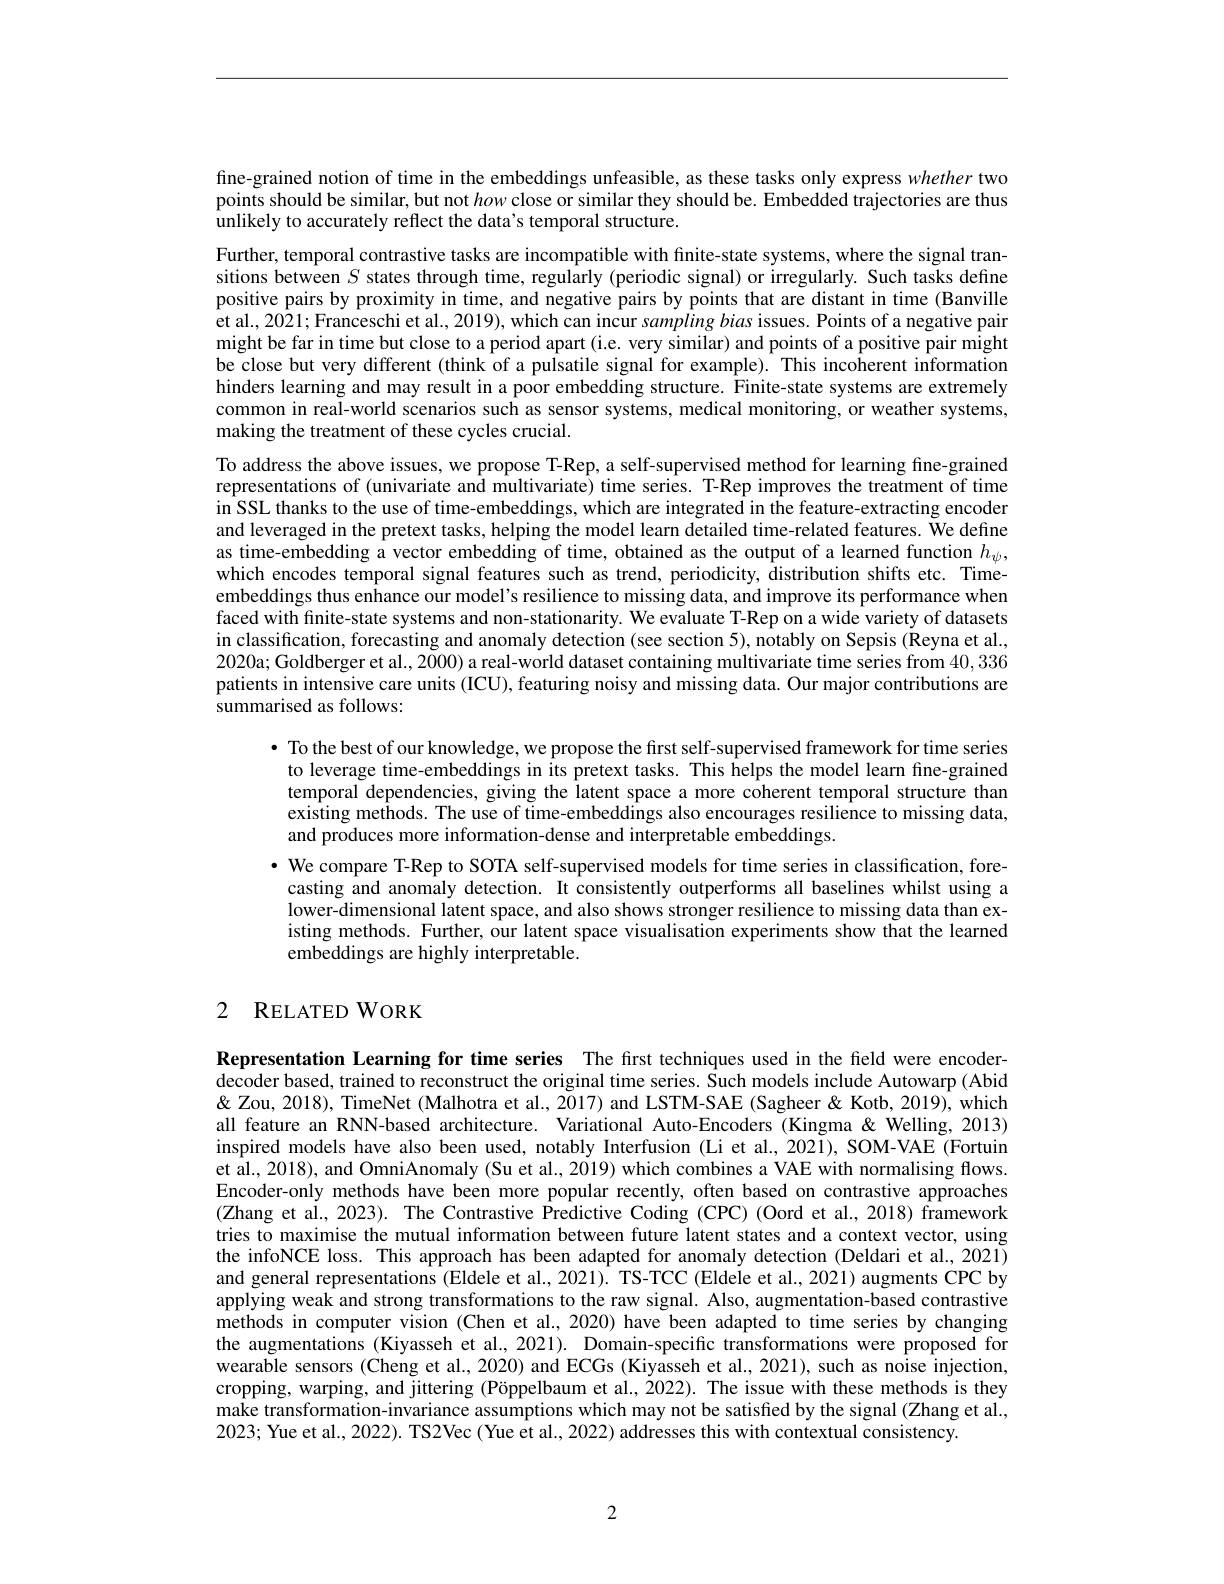
fine-grained notion of time in the embeddings unfeasible, as these tasks only express whether two points should be similar, but not how close or similar they should be. Embedded trajectories are thus inlikely to accurately reflect the dat$a^{\prime }$s temporal structure.

Further, temporal contrastive tasks are incompatible with finite-state systems, where the signal transitions between $S$ states through time, regularly (periodic signal) or irregularly. Such tasks define positive pairs by proximity in time, and negative pairs by points that are distant in time (Banville et al., 2021; Franceschi et al., 2019), which can incur sampling bias issues. Points of a negative pair might be far in time but close to a period apart (i.e. very similar) and points of a positive pair might be close but very different (think of a pulsatile signal for example). This incoherent information hinders learning and may result in a poor embedding structure. $\hat{\text{Finite-state systems are extremely}}$ common in real-world scenarios such as sensor systems, medical monitoring, or weather systems, making the treatment of these cycles crucial.
To address the above issues, we propose T-Rep, a self-supervised method for learning fine-grained representations of (univariate and multivariate) time series. T-Rep improves the treatment of time in SSL thanks to the use of time-embeddings, which are integrated in the feature-extracting encoder and leveraged in the pretext tasks, helping the model learn detailed time-related features. We define as time-embedding a vector embedding of time, obtained as the output of a learned function $h_\psi$, which encodes temporal signal features such as trend, periodicity, distribution shifts etc. Timeembeddings thus enhance our model's resilience to missing data, and improve its performance when faced with finite-state systems and non-stationarity. We evaluate T-Rep on a wide variety of datasets in classification, forecasting and anomaly detection (see section 5), notably on Sepsis (Reyna et al., 2020a; Goldberger et al., 2000) a real-world dataset containing multivariate time series from 40,336 patients in intensive care units (ICU), featuring noisy and missing data. Our major contributions are summarised as follows:

$\bullet$ To the best of our knowledge, we propose the first self-supervised framework for time series to leverage time-embeddings in its pretext tasks. This helps the model learn fine-grained temporal dependencies, giving the latent space a more coherent temporal structure than existing methods. The use of time-embeddings also encourages resilience to missing data, and produces more information-dense and interpretable embeddings.
· We compare T-Rep to SOTA self-supervised models for time series in classification, forecasting and anomaly detection. It consistently outperforms all baselines whilst using a lower-dimensional latent space, and also shows stronger resilience to missing data than existing methods. Further, our latent space visualisation experiments show that the learned embeddings are highly interpretable.

### 2 RELATEDWORK

Representation Learning for time series The first techniques used in the field were encoderdecoder based, trained to reconstruct the original time series. Such models include Autowarp (Abid & Zou, 2018), TimeNet (Malhotra et al., 2017) and LSTM-SAE (Sagheer & Kotb, 2019), which all feature an RNN-based architecture. Variational Auto-Encoders (Kingma&Welling, 2013) inspired models have also been used, notably Interfusion (Li et al., 2021), SOM-VAE (Fortuin et al., 2018), and OmniAnomaly (Su et al., 2019) which combines a VAE with normalising flows. Encoder-only methods have been more popular recently, often based on contrastive approaches (Zhang et al., 2023). The Contrastive Predictive Coding (CPC) (Oord et al., 2018) framework tries to maximise the mutual information between future latent states and a context vector, using the infoNCE loss. This approach has been adapted for anomaly detection (Deldari et al., 2021) and general representations (Eldele et al., 2021). TS-TCC (Eldele et al., 2021) augments CPC by applying weak and strong transformations to the raw signal. Also, augmentation-based contrastive methods in computer vision (Chen et al., 2020) have been adapted to time series by changing the augmentations (Kiyasseh et al., 2021). Domain-specific transformations were proposed for wearable sensors (Cheng et al., 2020) and ECGs (Kiyasseh et al., 2021), such as noise injection, cropping, warping, and jittering (Pöppelbaum et al., 2022). The issue with these methods is they make transformation-invariance assumptions which may not be satisfied by the signal (Zhang et al., 2023; Yue et al., 2022). TS2Vec ( Yue et al., 2022) addresses this with contextual consistency.

2